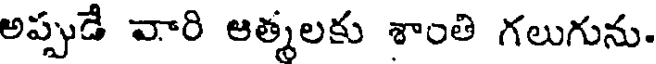
అప్పుడే వారి ఆత్మలకు శాంతి గలుగును.